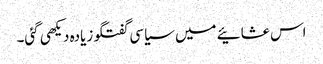
اس عشائیے میں سیاسی گفتگو زیادہ دیکھی گئی۔